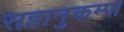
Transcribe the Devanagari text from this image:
सहानुकम्पा